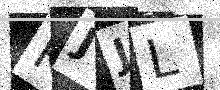
Text: KJJL